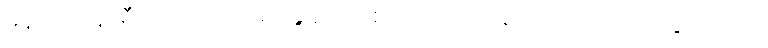
မနက် ၇ နာရီလောက်က မိုင်းခွဲခံရလို့ စက်ခေါင်း ချောင်းထဲပြုတ်ကျသွားတယ်။